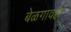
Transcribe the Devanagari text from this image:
बेळगावही